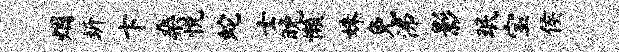
烟圻卞桑悦蛇士晚懒姝免沸影珉宝侯